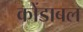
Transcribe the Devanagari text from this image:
कोंडाबल